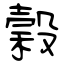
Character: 穀